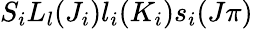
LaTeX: S_{i}L_{l}(J_{i})l_{i}(K_{i})s_{i}(J\pi)